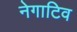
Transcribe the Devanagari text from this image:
नेगाटिव